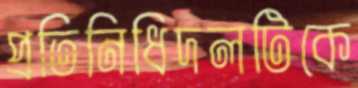
প্রতিনিধিদলটিকে